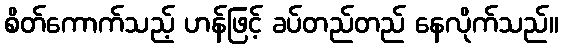
စိတ်ကောက်သည့် ဟန်ဖြင့် ခပ်တည်တည် နေလိုက်သည်။